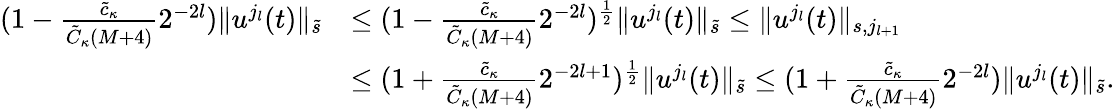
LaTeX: \begin{array}{rl}{(1-\frac{\tilde{c}_{\kappa}}{\tilde{C}_{\kappa}(M+4)}2^{-2l})\| u^{j_{l}}(t)\| _{\tilde{s}}}&{\leq(1-\frac{\tilde{c}_{\kappa}}{\tilde{C}_{\kappa}(M+4)}2^{-2l})^{\frac 12}\| u^{j_{l}}(t)\| _{\tilde{s}}\leq\| u^{j_{l}}(t)\| _{s,j_{l+1}}}\\ &{\leq(1+\frac{\tilde{c}_{\kappa}}{\tilde{C}_{\kappa}(M+4)}2^{-2l+1})^{\frac 12}\| u^{j_{l}}(t)\| _{\tilde{s}}\leq(1+\frac{\tilde{c}_{\kappa}}{\tilde{C}_{\kappa}(M+4)}2^{-2l})\| u^{j_{l}}(t)\| _{\tilde{s}}.}\end{array}